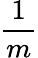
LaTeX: \frac{1}{m}